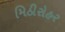
મિઠીરોહર